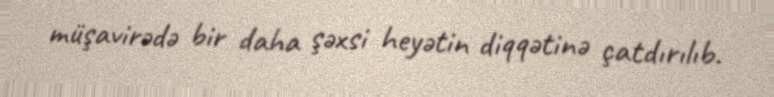
müşavirədə bir daha şəxsi heyətin diqqətinə çatdırılıb.